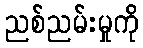
ညစ်ညမ်းမှုကို